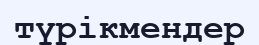
түрікмендер